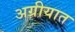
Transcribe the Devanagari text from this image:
अग्रीयात